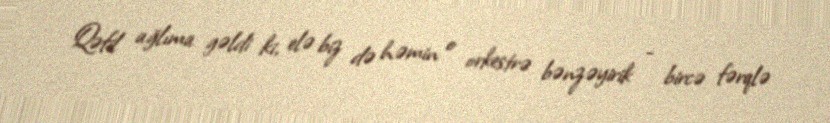
Qəfil ağlıma gəldi ki, elə biz də həmin o orkestrə bənzəyirik - bircə fərqlə